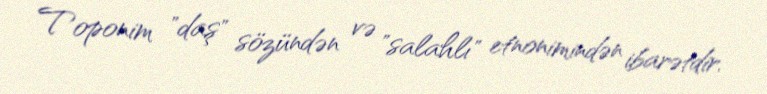
Toponim "daş" sözündən və "salahlı" etnonimindən ibarətdir.